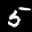
Label: 5